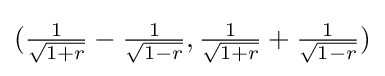
{\textstyle ({\frac {1}{\sqrt {1+r}}}-{\frac {1}{\sqrt {1-r}}},{\frac {1}{\sqrt {1+r}}}+{\frac {1}{\sqrt {1-r}}})}